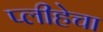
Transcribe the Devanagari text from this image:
प्लीहेचा